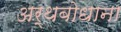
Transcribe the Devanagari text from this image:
अर्थबोधाना